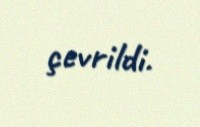
çevrildi.